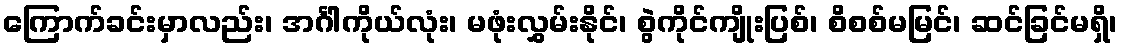
ကြောက်ခင်းမှာလည်း၊ အင်္ဂါကိုယ်လုံး၊ မဖုံးလွှမ်းနိုင်၊ စွဲကိုင်ကျိုးပြစ်၊ စိစစ်မမြင်၊ ဆင်ခြင်မရှိ၊